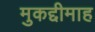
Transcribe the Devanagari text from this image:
मुकद्दीमाह